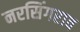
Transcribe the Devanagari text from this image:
नरसिंगराव